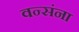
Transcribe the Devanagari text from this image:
वन्संना